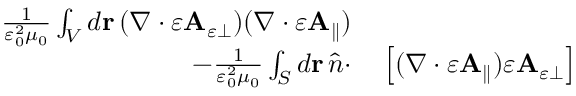
\begin{array} { r l } { \frac { 1 } { \varepsilon _ { 0 } ^ { 2 } \mu _ { 0 } } \int _ { V } d \mathbf { r } \, ( \nabla \cdot \varepsilon \mathbf { A } _ { \varepsilon \perp } ) ( \nabla \cdot \varepsilon \mathbf { A } _ { \parallel } ) } & { { } } \\ { - \frac { 1 } { \varepsilon _ { 0 } ^ { 2 } \mu _ { 0 } } \int _ { S } d \mathbf { r } \, \hat { n } \cdot } & { { } \left[ ( \nabla \cdot \varepsilon \mathbf { A } _ { \parallel } ) \varepsilon \mathbf { A } _ { \varepsilon \perp } \right] } \end{array}